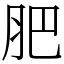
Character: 肥